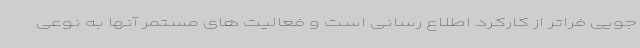
جویی فراتر از کارکرد اطلاع رسانی است و فعالیت های مستمر آنها به نوعی